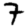
Digit: 7